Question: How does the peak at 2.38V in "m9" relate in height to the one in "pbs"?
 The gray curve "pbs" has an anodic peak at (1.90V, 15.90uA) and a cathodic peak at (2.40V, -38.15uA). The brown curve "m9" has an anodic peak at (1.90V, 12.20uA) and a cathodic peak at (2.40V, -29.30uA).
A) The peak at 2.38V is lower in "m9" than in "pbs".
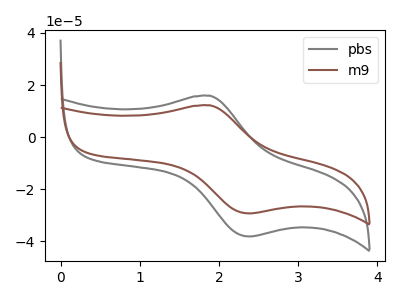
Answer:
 <answer>A) The peak at 2.38V is lower in "m9" than in "pbs".</answer>
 <eval>A</eval>